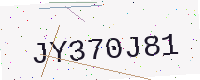
Text: JY370J81